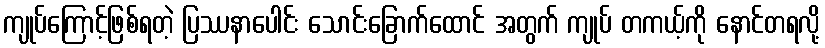
ကျုပ်ကြောင့်ဖြစ်ရတဲ့ ပြဿနာပေါင်း သောင်းခြောက်ထောင် အတွက် ကျုပ် တကယ့်ကို နောင်တရလို့